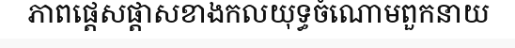
ភាពផ្តេសផ្តាសខាងកលយុទ្ធចំណោមពួកនាយ